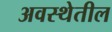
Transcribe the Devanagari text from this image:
अवस्‍थेतील